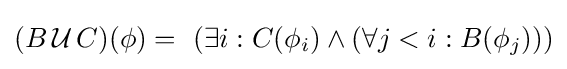
(B\,{\mathcal {U}}\,C)(\phi )=\ (\exists i:C(\phi _{i})\land (\forall j<i:B(\phi _{j})))